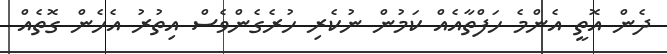
ދެން އޮތީ އެންމެ ހަފްތާއެއް ކަމުން ނުކެރި ހުރެގެންވެސް އިތުރު އެހެން ގޮތެއް